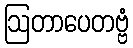
ဩတာပေတဗ္ဗံ